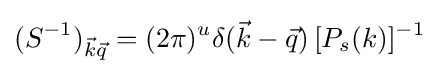
(S^{-1})_{{\vec {k}}{\vec {q}}}=(2\pi )^{u}\delta ({\vec {k}}-{\vec {q}})\,[P_{s}(k)]^{-1}